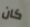
كان